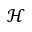
\mathcal { H }